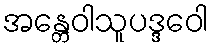
အန္တေဝါသူပဒ္ဒဝေါ